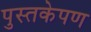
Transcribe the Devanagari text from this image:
पुस्तकेपण